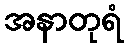
အနာတုရံ